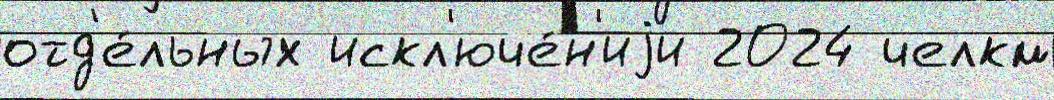
отд'е́льных искл'юче́н'иjи 2024 челкм